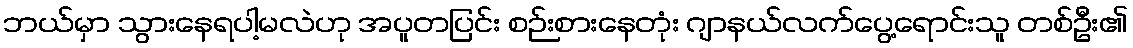
ဘယ်မှာ သွားနေရပါ့မလဲဟု အပူတပြင်း စဉ်းစားနေတုံး ဂျာနယ်လက်ပွေ့ရောင်းသူ တစ်ဦး၏